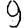
Digit: 9